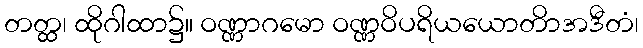
တတ္ထ၊ ထိုဂါထာ၌။ ဝဏ္ဏာဂမော ဝဏ္ဏဝိပရိယယောတိာအဒီတံ၊